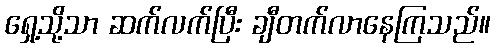
ရှေ့သို့သာ ဆက်လက်ပြီး ချီတက်လာနေကြသည်။